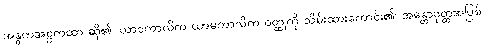
အန္ဓကအဋ္ဌကထာ ဆို၏၊ ယာဝကာလိက ယာမကာလိက ဝတ္ထုကို သိမ်းထားကောင်း၏၊ အန္တောဝုတ္ထအပြစ်